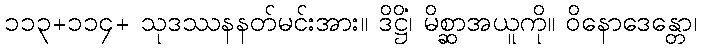
၁၁၃+၁၁၄+ သုဒဿနနတ်မင်းအား။ ဒိဋ္ဌိံ၊ မိစ္ဆာအယူကို။ ဝိနောဒေန္တော၊